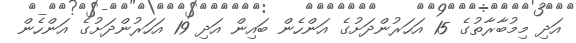
އަދި މިމުބާރާތުގެ 15 އަހަރުންދަށުގެ އަންހެން ބައިން އަދި 19 އަހަރުންދަށުގެ އަންހެން